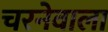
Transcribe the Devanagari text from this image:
चरनेवाला